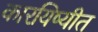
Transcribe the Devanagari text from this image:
कारयिष्यीत